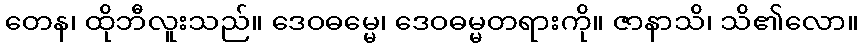
တေန၊ ထိုဘီလူးသည်။ ဒေဝဓမ္မေ၊ ဒေဝဓမ္မတရားကို။ ဇာနာသိ၊ သိ၏လော။